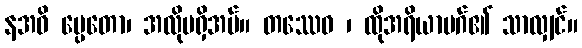
နအဓိ ပ္ပေတော၊ အလိုမရှိအပ်။ တဿေဝ ၊ ထိုအရိယာမဂ်၏ သာလျှင်။